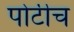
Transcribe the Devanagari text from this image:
पोटीच